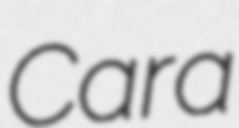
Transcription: Cara